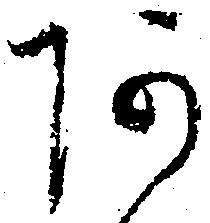
あ